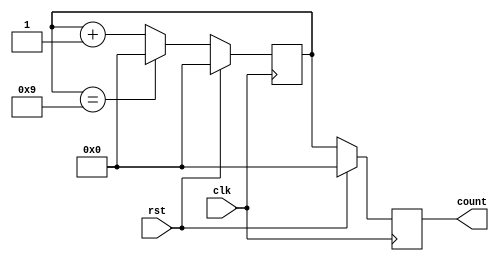
module _4Bit_Synchronous_BCD_Counter(
    input clk,
    input rst,
    output reg [3:0] count
    );
    reg [3:0]t;
    always @ (posedge clk)
    begin
      if (rst) 
      begin
        t <= 4'b0000;
        count <= 4'b0000;
      end
      else 
      begin
        t <= t + 1;
        if (t == 4'b1001) 
        begin
          t <= 4'b0000;
        end
        count <= t;
      end
    end
        
endmodule